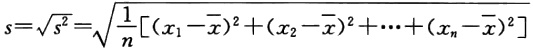
\[
s = \sqrt{s^{2}}=\sqrt{\frac{1}{n}[(x_{1}-\overline{x})^{2}+(x_{2}-\overline{x})^{2}+\cdots+(x_{n}-\overline{x})^{2}]}
\]